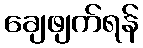
ချေဖျက်ရန်